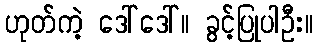
ဟုတ်ကဲ့ ဒေါ်ဒေါ်။ ခွင့်ပြုပါဦး။